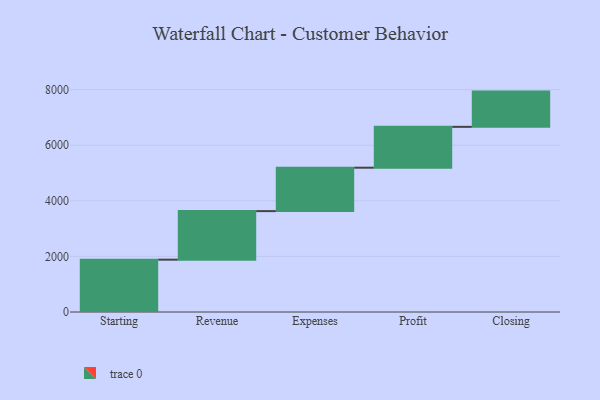
{"axis": {"x": "Step", "y": "Value"}, "legend": [""], "data": [{"x": "Starting", "y": 1883.0, "type": ""}, {"x": "Revenue", "y": 1747.0, "type": ""}, {"x": "Expenses", "y": 1562.0, "type": ""}, {"x": "Profit", "y": 1470.0, "type": ""}, {"x": "Closing", "y": 1268.0, "type": ""}]}